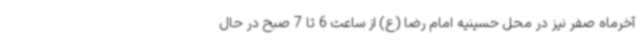
آخرماه صفر نیز در محل حسینیه امام رضا (ع) از ساعت 6 تا 7 صبح در حال